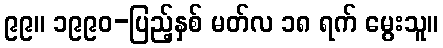
၉၉။ ၁၉၉၀-ပြည့်နှစ် မတ်လ ၁၈ ရက် မွေးသူ။